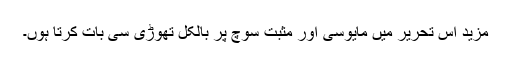
مزید اس تحریر میں مایوسی اور مثبت سوچ پر بالکل تھوڑی سی بات کرتا ہوں۔